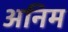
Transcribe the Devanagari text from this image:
अनिम